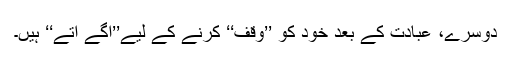
دوسرے، عبادت کے بعد خود کو ’’وقف‘‘ کرنے کے لیے’’آگے آتے‘‘ ہیں۔